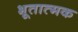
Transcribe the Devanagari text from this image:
भूतात्मक